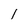
Character: 1